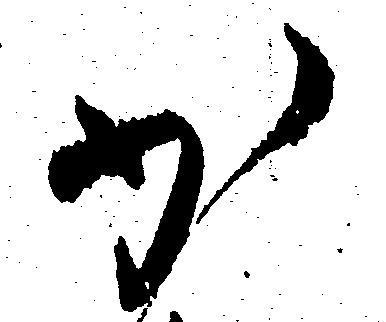
少